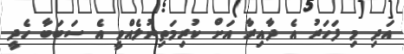
އަދި މި ފަހަރު އެ ދާއިރާ އަށް ކުރިމަތިނުލެއްވީ އެ ސަބަބާ ހެދީ